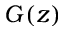
G ( z )